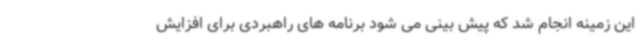
این زمینه انجام شد که پیش بینی می شود برنامه های راهبردی برای افزایش